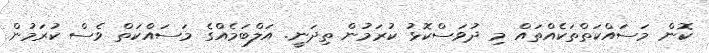
ކޮން މަސައްކަތްތަކެއްތައް މި ދުވަސްކޮޅު ކުރަމުން ތިދަނީ. އަލްބަމެއްގެ މަސައްކަތް ވެސް ކުރަމުން